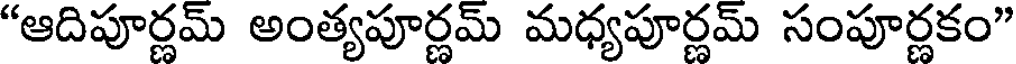
"ఆదిపూర్ణమ్ అంత్యపూర్ణమ్ మధ్యపూర్ణమ్ సంపూర్ణకం"